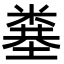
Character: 𥻎